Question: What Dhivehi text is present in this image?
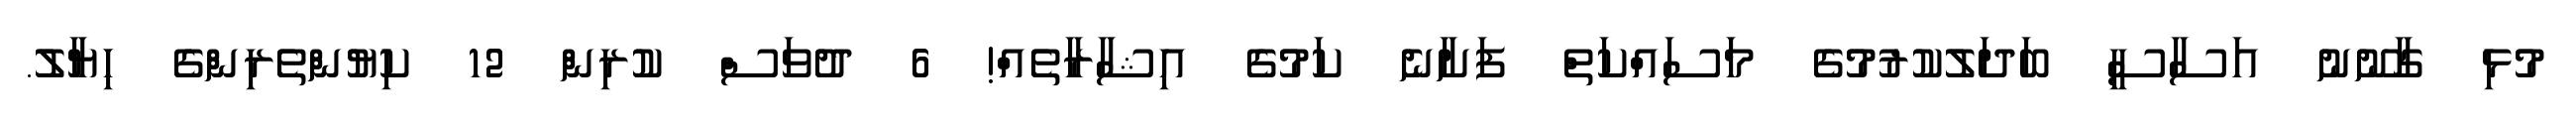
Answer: މުޅި ގާނޫނު އަސާސީ ބަދަލުކުރުމުގެ މަސައްކަތް ފަށާނެ ކަމުގެ އިޝާރާތެއް! 6 ދުވަސް ކުރިން 12 ކިޔުންތެރިންގެ ހިޔާލު.